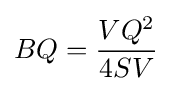
BQ={\frac {VQ^{2}}{4SV}}